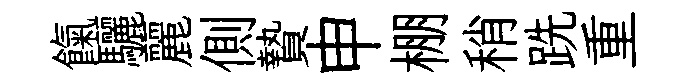
餼驪麗側贄申棚稍跣重